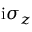
\mathrm { i } \sigma _ { z }